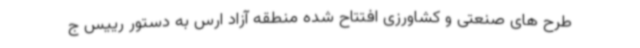
طرح های صنعتی و کشاورزی افتتاح شده منطقه آزاد ارس به دستور رییس ج